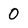
Character: 0